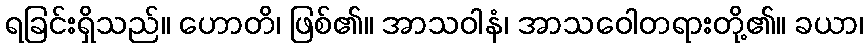
ရခြင်းရှိသည်။ ဟောတိ၊ ဖြစ်၏။ အာသဝါနံ၊ အာသဝေါတရားတို့၏။ ခယာ၊